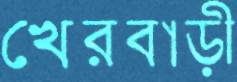
খেরবাড়ী